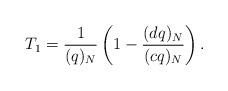
LaTeX: \begin{align*}T_1=\frac{1}{(q)_N}\left(1-\frac{(dq)_N}{(cq)_N}\right).\end{align*}